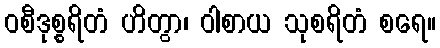
ဝစီဒုစ္စရိတံ ဟိတွာ၊ ဝါစာယ သုစရိတံ စရေ။